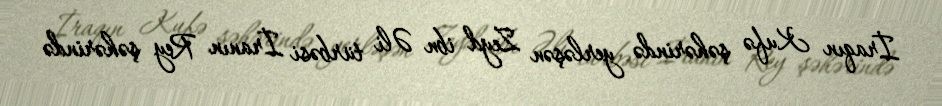
İraqın Kufə şəhərində yerləşən Zeyd ibn Əli türbəsi İranın Rey şəhərində